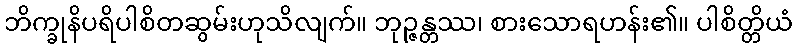
ဘိက္ခုနိပရိပါစိတဆွမ်းဟုသိလျက်။ ဘုဉ္ဇန္တဿ၊ စားသောရဟန်း၏။ ပါစိတ္တိယံ